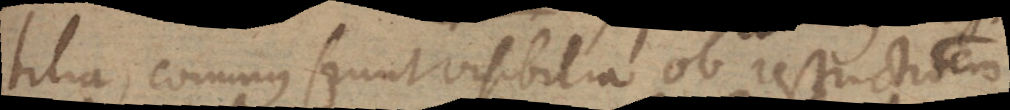
bilia, cominus sunt visibilia ob restrictionem